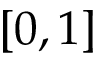
[ 0 , 1 ]